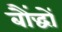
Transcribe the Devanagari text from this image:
बौंद्धों